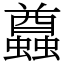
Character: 蠤